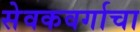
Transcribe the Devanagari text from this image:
सेवकवर्गाचा